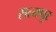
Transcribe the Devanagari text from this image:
सत्यपुर